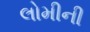
લોમીની